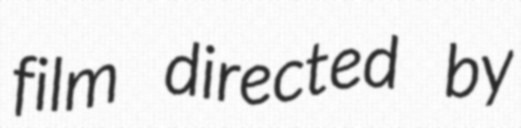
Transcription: film directed by